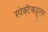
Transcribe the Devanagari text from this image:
स्पेक्टैक्यूलर